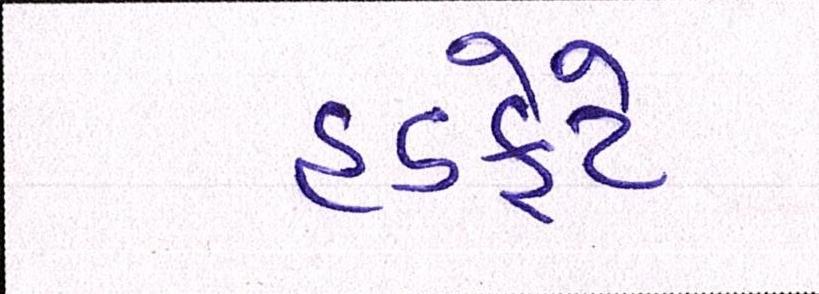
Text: હડફેટે